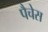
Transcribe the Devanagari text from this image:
पैचेस